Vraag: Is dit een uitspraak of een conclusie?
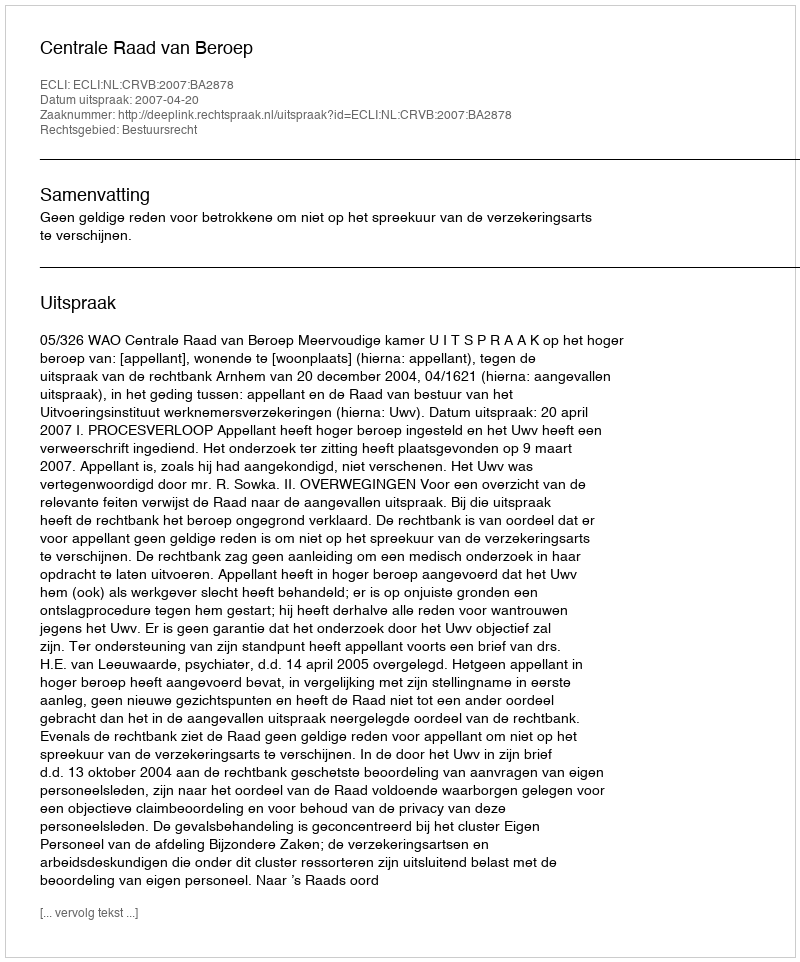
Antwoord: Uitspraak